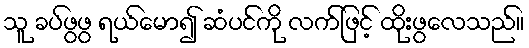
သူ ခပ်ဖွဖွ ရယ်မော၍ ဆံပင်ကို လက်ဖြင့် ထိုးဖွလေသည်။